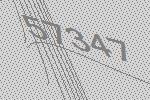
57347